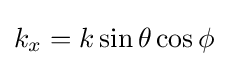
k_{x}=k\sin \theta \cos \phi